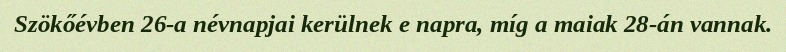
Szökőévben 26-a névnapjai kerülnek e napra, míg a maiak 28-án vannak.